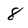
Character: 8